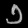
Digit: ၁